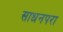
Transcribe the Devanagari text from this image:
साधनपरा